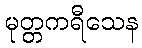
မုတ္တကရီသေန